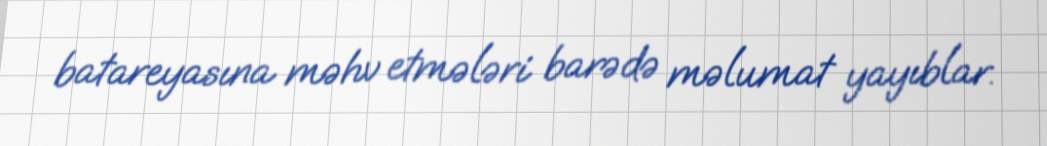
batareyasına məhv etmələri barədə məlumat yayıblar.